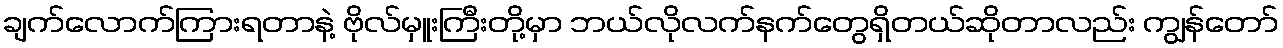
ချက်လောက်ကြားရတာနဲ့ ဗိုလ်မှူးကြီးတို့မှာ ဘယ်လိုလက်နက်တွေရှိတယ်ဆိုတာလည်း ကျွန်တော်